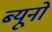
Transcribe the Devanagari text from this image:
ब्यूनो